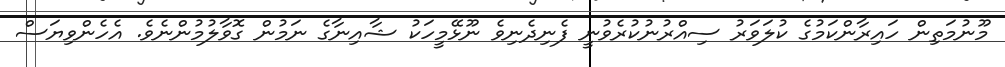
މޫނުމަތިން ހައިރާންކަމުގެ ކުލަވަރު ސިއްރުނުކުރެވުނީ ފެނިދެނިވެ ނޫޅޭމީހަކު ޝާއިނާގެ ނަމުން ގޮވާލުމުންނެވެ. އެހެންވިޔަސް